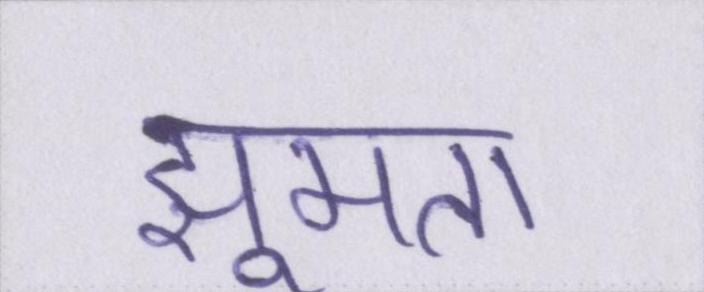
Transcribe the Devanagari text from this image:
झूमता